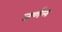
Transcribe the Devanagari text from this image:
जर्णल